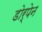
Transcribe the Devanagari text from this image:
डोर्पेन